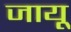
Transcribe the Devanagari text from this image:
जायू